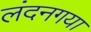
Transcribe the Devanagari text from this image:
लंदनगया